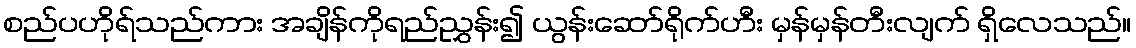
စည်ပဟိုရ်သည်ကား အချိန်ကိုရည်ညွှန်း၍ ယွန်းဆော်ရိုက်ဟီး မှန်မှန်တီးလျက် ရှိလေသည်။